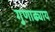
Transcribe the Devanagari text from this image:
गुणाढ्याय